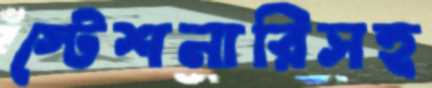
স্টেশনারিসহ